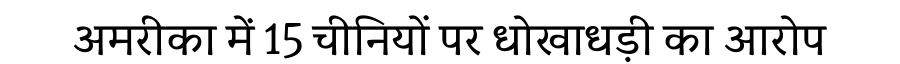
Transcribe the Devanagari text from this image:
अमरीका में 15 चीनियों पर धोखाधड़ी का आरोप